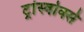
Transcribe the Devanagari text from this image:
ट्रांस्वोर्क्स